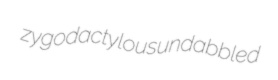
zygodactylous undabbled